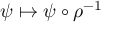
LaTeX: \psi \mapsto \psi \circ \rho ^ { - 1 }